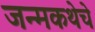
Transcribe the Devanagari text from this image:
जन्मकथेचे